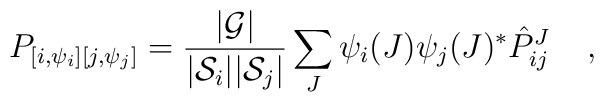
P_{[{i}, \psi_{i}][{j}, \psi_{j}]} = {|{\cal G}| \over |{\cal S}_{i}||{\cal S}_{j}|} \sum_J \psi_{i}(J) \psi_{j}(J)^* \hat{P}^J_{{i}{j}} \;\;\;\; ,